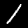
Label: 1